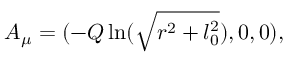
A _ { \mu } = ( - Q \ln ( \sqrt { r ^ { 2 } + l _ { 0 } ^ { 2 } } ) , 0 , 0 ) ,